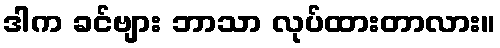
ဒါက ခင်ဗျား ဘာသာ လုပ်ထားတာလား။